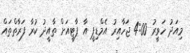
މިއަދު ހަވީރު 4:00 ޖަހާއިރު އެމްޑިޕީ އާ ޕާޓީއަށް ތާއީދު ކުރާ ފަރާތްތައް